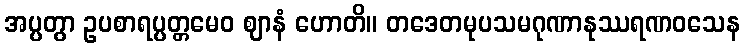
အပ္ပတွာ ဥပစာရပ္ပတ္တမေဝ ဈာနံ ဟောတိ။ တဒေတမုပသမဂုဏာနုဿရဏဝသေန